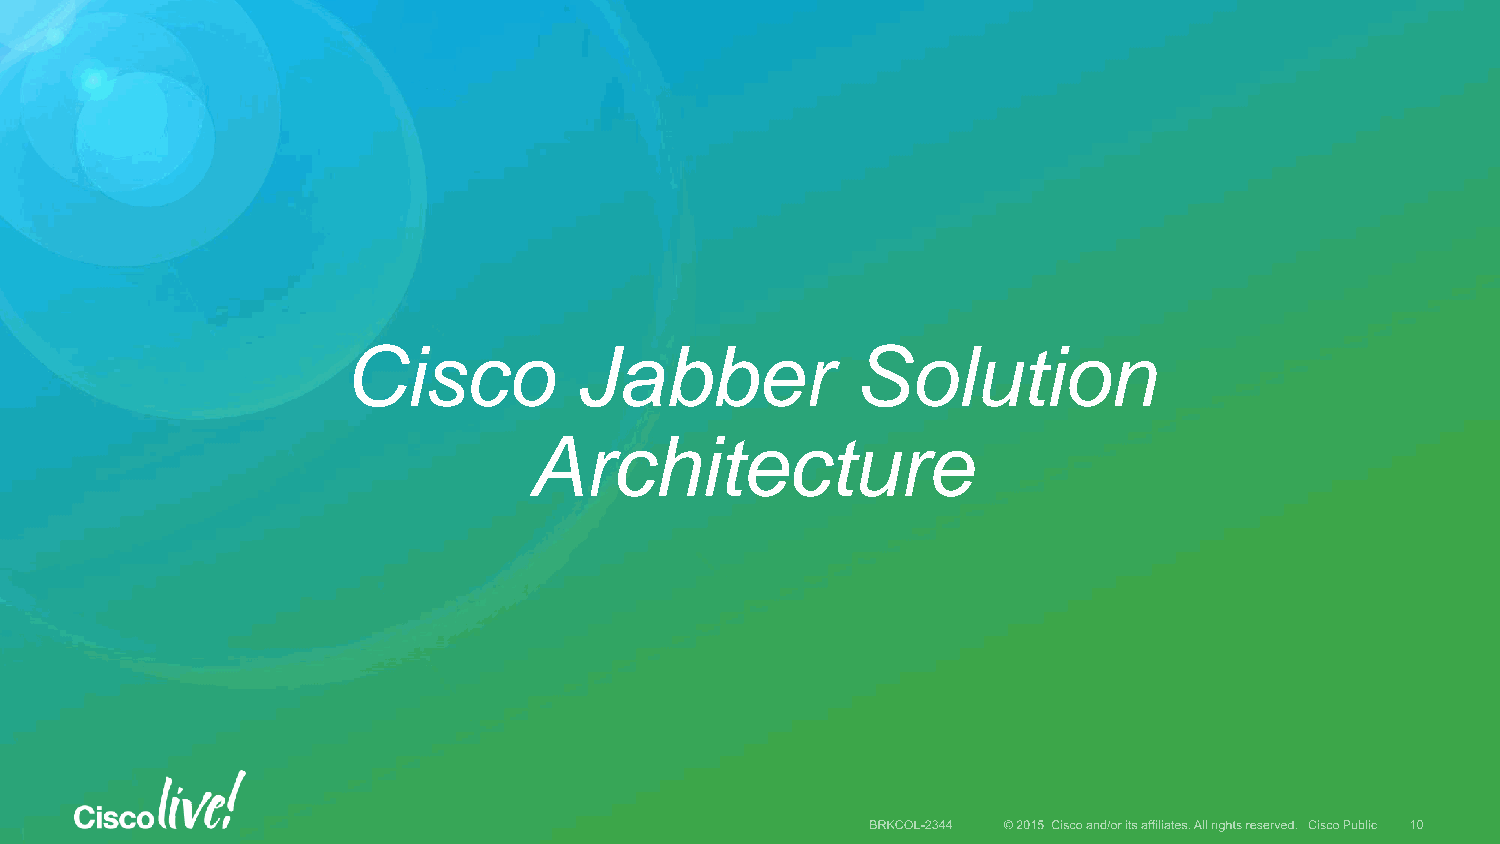
Cisco          Jabber             Solution
 Architecture